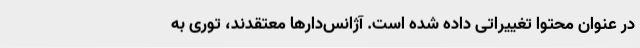
در عنوان محتوا تغییراتی داده شده است. آژانس‌دارها معتقدند، توری به